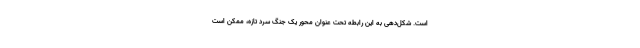
است. شکل‌دهی به این رابطه تحت عنوان محور یک جنگ سرد تازه، ممکن است